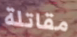
مقاتلة